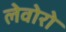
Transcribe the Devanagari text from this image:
लेवोरो